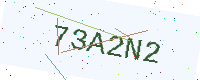
Text: 73A2N2